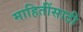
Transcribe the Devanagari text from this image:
माहितींसाठी